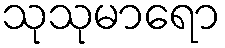
သုသုမာရော